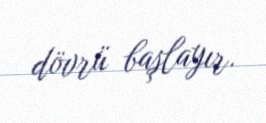
dövrü başlayır.